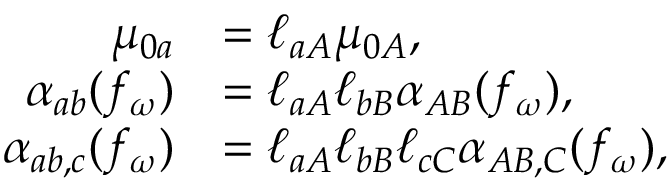
\begin{array} { r l } { \mu _ { 0 a } } & { = \ell _ { a A } \mu _ { 0 A } , } \\ { \alpha _ { a b } ( f _ { \omega } ) } & { = \ell _ { a A } \ell _ { b B } \alpha _ { A B } ( f _ { \omega } ) , } \\ { \alpha _ { a b , c } ( f _ { \omega } ) } & { = \ell _ { a A } \ell _ { b B } \ell _ { c C } \alpha _ { A B , C } ( f _ { \omega } ) , } \end{array}